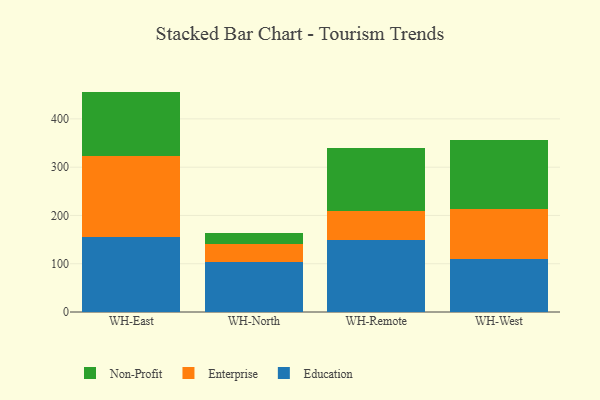
{"axis": {"x": "Warehouse", "y": "Budget (USD K)"}, "legend": ["Education", "Enterprise", "Non-Profit"], "data": [{"x": "WH-East", "y": 154.7, "type": "Education"}, {"x": "WH-East", "y": 168.0, "type": "Enterprise"}, {"x": "WH-East", "y": 133.8, "type": "Non-Profit"}, {"x": "WH-North", "y": 104.4, "type": "Education"}, {"x": "WH-North", "y": 37.4, "type": "Enterprise"}, {"x": "WH-North", "y": 21.3, "type": "Non-Profit"}, {"x": "WH-Remote", "y": 148.8, "type": "Education"}, {"x": "WH-Remote", "y": 59.9, "type": "Enterprise"}, {"x": "WH-Remote", "y": 130.1, "type": "Non-Profit"}, {"x": "WH-West", "y": 110.2, "type": "Education"}, {"x": "WH-West", "y": 103.6, "type": "Enterprise"}, {"x": "WH-West", "y": 142.0, "type": "Non-Profit"}]}